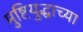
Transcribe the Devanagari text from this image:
मुष्टियुद्धाच्या